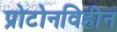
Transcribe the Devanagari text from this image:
प्रोटोनविहीन